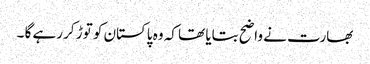
بھارت نے واضح بتایا تھا کہ وہ پاکستان کو توڑ کر رہے گا ۔